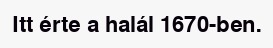
Itt érte a halál 1670-ben.